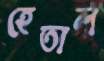
হেতাল